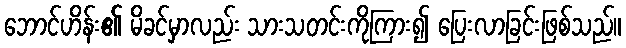
ဘောင်ဟိန်း၏ မိခင်မှာလည်း သားသတင်းကိုကြား၍ ပြေးလာခြင်းဖြစ်သည်။